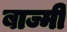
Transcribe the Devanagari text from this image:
बाज्मी